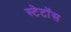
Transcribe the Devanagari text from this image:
स्टेटॉस